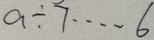
a \div 7 \cdots 6